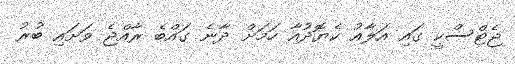
ޖެޓްސްކީ ގައި އަލާއު ކެޔޮދުއާ ހަމަށް ދާނެ ގައްބެ ރާއްޖެ ވަށައި ބުރު